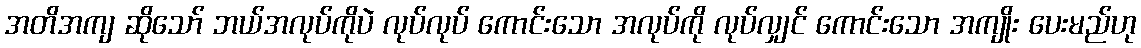
အတိအကျ ဆိုသော် ဘယ်အလုပ်ကိုပဲ လုပ်လုပ် ကောင်းသော အလုပ်ကို လုပ်လျှင် ကောင်းသော အကျိုး ပေးမည်ဟု